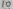
Text: 10